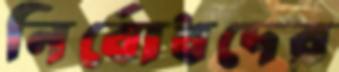
নির্বোধদের